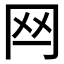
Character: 𦉯